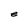
Character: e